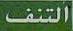
التنف